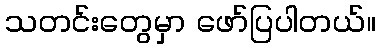
သတင်းတွေမှာ ဖော်ပြပါတယ်။